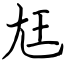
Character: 尪